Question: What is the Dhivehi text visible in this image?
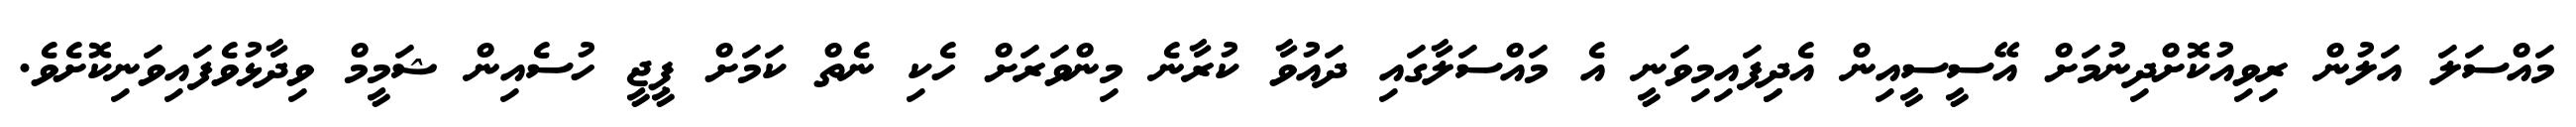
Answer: މައްސަލަ އަލުން ރިވިއުކޮށްދިނުމަށް އޭސީސީއިން އެދިިފައިމިވަނީ އެ މައްސަލާގައި ދައުވާ ކުރާނެ މިންވަރަށް ހެކި ނެތް ކަމަށް ޕީޖީ ހުސެއިން ޝަމީމް ވިދާޅުވެފައިވަނިކޮށެވެ.